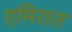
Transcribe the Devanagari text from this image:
एमिरात